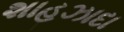
શાહઝાદા